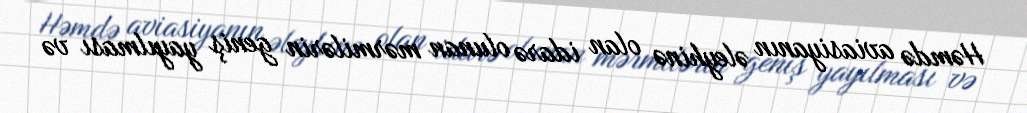
Həmdə aviasiyanın əleyhinə olan idarə olunan mərmilərin geniş yayılması və